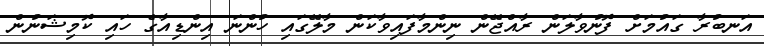
އަނބުރާ ގައުމަށް ފޮނުވާލަން ރާއްޖޭން ނިންމާފައިވާކަން މާލޭގައި ހުންނަ އިންޑިއާގެ ހައި ކޮމިޝަނުން